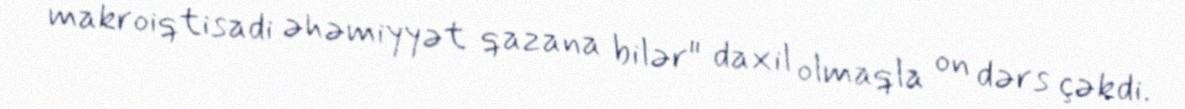
makroiqtisadi əhəmiyyət qazana bilər" daxil olmaqla on dərs çəkdi.